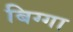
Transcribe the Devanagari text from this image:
बिग्गा